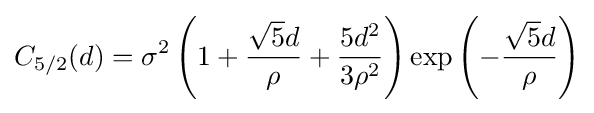
C_{5/2}(d)=\sigma ^{2}\left(1+{\frac {{\sqrt {5}}d}{\rho }}+{\frac {5d^{2}}{3\rho ^{2}}}\right)\exp \left(-{\frac {{\sqrt {5}}d}{\rho }}\right)